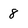
Character: 8